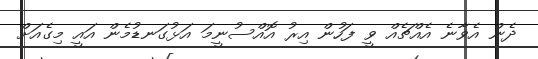
ދެން އެވާނެ އެއްޗެއް ވީ ފަހުން އިރު އޮއްސުނީމަ އަޅުގަނޑުމެން އައީ މިގެއަށް